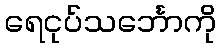
ရေငုပ်သင်္ဘောကို